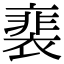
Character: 𧜏